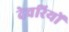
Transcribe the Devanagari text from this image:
देवरियों